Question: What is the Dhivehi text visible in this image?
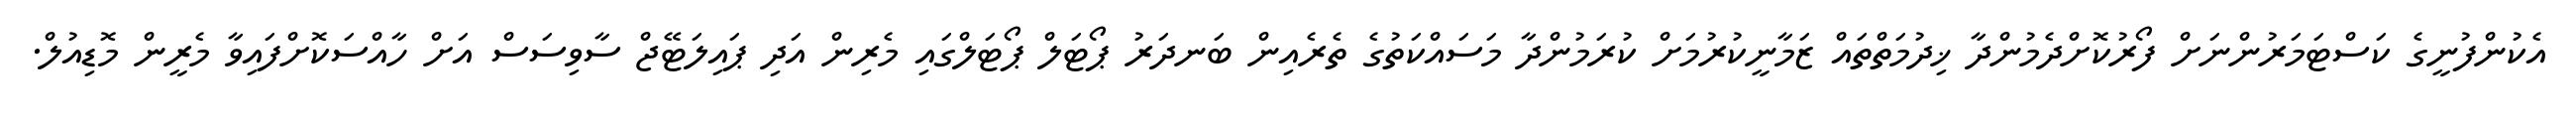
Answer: އެކުންފުނީގެ ކަސްޓަމަރުންނަށް ފޯރުކޮށްދެމުންދާ ޚިދުމަތްތައް ޒަމާނީކުރުމަށް ކުރަމުންދާ މަސައްކަތުގެ ތެރެއިން ބަނދަރު ޕޯޓަލް ޕޯޓަލްގައި މެރިން އަދި ޕައިލަޓޭޖް ސާވިސަސް އަށް ހާއްސަކޮށްފައިވާ މެރީން މޮޑިއުލް.